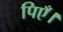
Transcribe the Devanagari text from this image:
पिएँ।